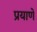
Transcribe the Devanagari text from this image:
प्रयाणे